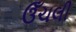
ઉઁચલી